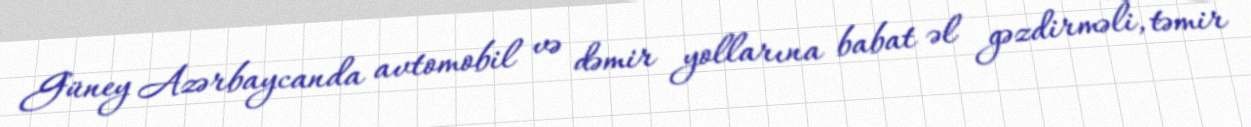
Güney Azərbaycanda avtomobil və dəmir yollarına babat əl gəzdirməli, təmir